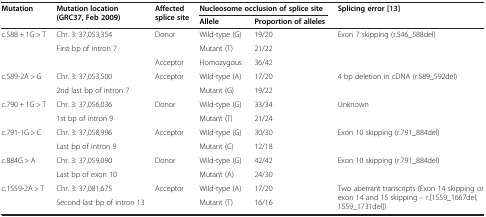
<table><thead><tr><td rowspan="2"><b>Mutation</b></td><td rowspan="2"><b>Mutation location (GRC37, Feb 2009)</b></td><td rowspan="2"><b>Affected splice site</b></td><td colspan="2"><b>Nucleosome occlusion of splice site</b></td><td rowspan="2"><b>Splicing error [13]</b></td></tr><tr><td><b>Allele</b></td><td><b>Proportion of alleles</b></td></tr></thead><tbody><tr><td rowspan="3">c.588 + 1G &gt; T</td><td>Chr. 3: 37,053,354</td><td>Donor</td><td>Wild-type (G)</td><td>19/20</td><td rowspan="3">Exon 7 skipping (r.546_588del)</td></tr><tr><td rowspan="2">First bp of intron 7</td><td>[EMPTY_CELL]</td><td>Mutant (T)</td><td>21/22</td></tr><tr><td>Acceptor</td><td>Homozygous</td><td>36/42</td></tr><tr><td rowspan="2">c.589-2A &gt; G</td><td>Chr. 3: 37,053,500</td><td rowspan="2">Acceptor</td><td>Wild-type (A)</td><td>17/20</td><td rowspan="2">4 bp deletion in cDNA (r.589_592del)</td></tr><tr><td>2nd last bp of intron 7</td><td>Mutant (G)</td><td>19/22</td></tr><tr><td rowspan="2">c.790 + 1G &gt; T</td><td>Chr. 3: 37,056,036</td><td rowspan="2">Donor</td><td>Wild-type (G)</td><td>33/34</td><td rowspan="2">Unknown</td></tr><tr><td>1st bp of intron 9</td><td>Mutant (T)</td><td>21/24</td></tr><tr><td rowspan="2">c.791-1G &gt; C</td><td>Chr. 3: 37,058,996</td><td rowspan="2">Acceptor</td><td>Wild-type (G)</td><td>30/30</td><td rowspan="2">Exon 10 skipping (r.791_884del)</td></tr><tr><td>Last bp of intron 9</td><td>Mutant (C)</td><td>12/18</td></tr><tr><td rowspan="2">c.884G &gt; A</td><td>Chr. 3: 37,059,090</td><td>Donor</td><td>Wild-type (G)</td><td>42/42</td><td rowspan="2">Exon 10 skipping (r.791_884del)</td></tr><tr><td>Last bp of exon 10</td><td>[EMPTY_CELL]</td><td>Mutant (A)</td><td>24/30</td></tr><tr><td rowspan="2">c.1559-2A &gt; T</td><td>Chr. 3: 37,081,675</td><td>Acceptor</td><td>Wild-type (A)</td><td>17/20</td><td rowspan="2">Two aberrant transcripts (Exon 14 skipping or exon 14 and 15 skipping – r.[1559_1667del, 1559_1731del])</td></tr><tr><td>Second last bp of intron 13</td><td>[EMPTY_CELL]</td><td>Mutant (T)</td><td>16/16</td></tr></tbody></table>